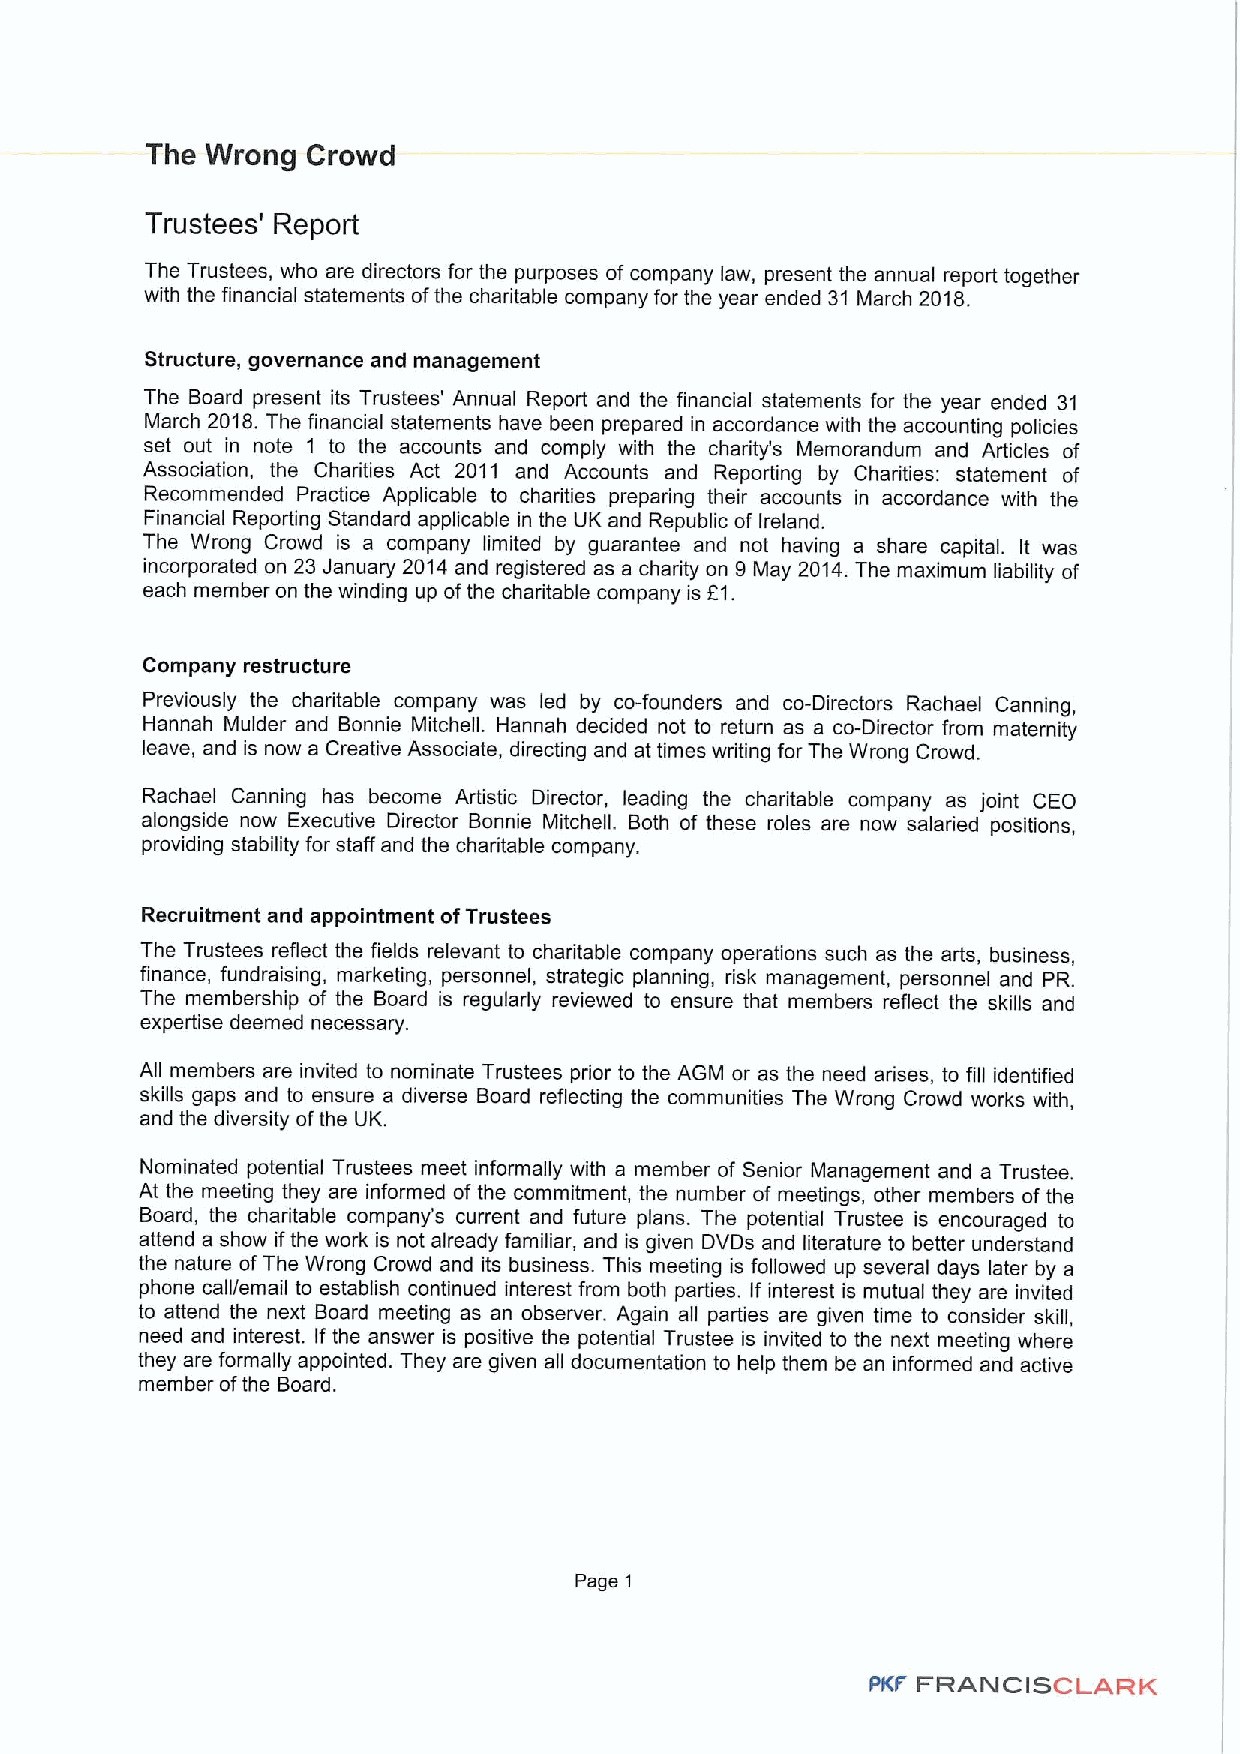
The Wrong Crowd
 Trustees' Report
 The Trustees, who are directors for the purposes of company law, present the annual report together
 with the financial statements ofthe charitable company for the year ended 31 March 2018.
 Structure, governance and management
 The Board present its Trustees' Annual Report and the financial statements for the year ended 31
 March 2018.The financial statements have been prepared in accordance with the accounting policies
 set out in note 1 to the accounts and comply with the charity's Memorandum and Articles of
 Association, the Charities Act 2011 and Accounts and Reporting by Charities: statement of
 Recommended Practice Applicable to charities preparing their accounts in accordance with the
 Financial Reporting Standard applicable in the UK and Republic of Ireland.
 The Wrong Crowd is a company limited by guarantee and not having a share capital. It was
 incorporated on 23 January 2014 and registered as a charity on 9 May 2014.The maximum liability of
 each member on the winding up ofthe charitable company is f1.
 Company restructure
 Previously the charitable company was led by co-founders and co-Directors Rachael Canning,
 Hannah Mulder and Bonnie Mitchell. Hannah decided not to return as a co-Director from maternity
 leave, and is now a Creative Associate, directing and at times writing for The Wrong Crowd.
 Rachael Canning has become Artistic Director, leading the charitable company as joint CEO
 alongside now Executive Director Bonnie Mitchell. Both of these roles are now salaried positions,
 providing stability for staff and the charitable company.
 Recruitment and appointment ofTrustees
 The Trustees reflect the fields relevant to charitable company operations such as the arts, business,
 finance, fundraising, marketing, personnel, strategic planning, risk management, personnel and PR.
 The membership of the Board is regularly reviewed to ensure that members reflect the skills and
 expertise deemed necessary.
 All members are invited to nominate Trustees prior to the AGM or as the need arises, to fill identified
 skills gapa and to ensure a diverse Board reflecting the communities The Wrong Crowd works with,
 and the diversity ofthe UK.
 Nominated potential Trustees meet informally with a member of Senior Management and a Trustee.
 At the meeting they are informed ofthe commitment, the number of meetings, other members ofthe
 Board, the charitable company's current and future plans. The potential Trustee is encouraged to
 attend a show ifthe work is not already familiar, and is given DVDs and literature to better understand
 the nature ofThe Wrong Crowd and its business. This meeting is followed up several days later by a
 phone call/email to establish continued interest from both parties. If interest is mutual they are invited
 to attend the next Board meeting as an observer. Again all parties are given time to consider skill,
 need and interest. If the answer is positive the potential Trustee is invited to the next meeting where
 they are formally appointed. They are given all documentation to help them be an informed and active
 member ofthe Board.
 Page 1
 FRANCISCLARK
 PKF